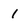
Character: 1